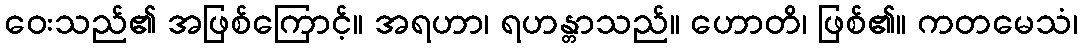
ဝေးသည်၏ အဖြစ်ကြောင့်။ အရဟာ၊ ရဟန္တာသည်။ ဟောတိ၊ ဖြစ်၏။ ကတမေသံ၊